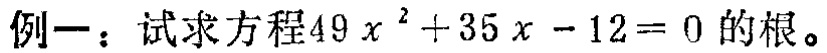
例一：试求方程\(49x^{2}+35x - 12 = 0\)的根。